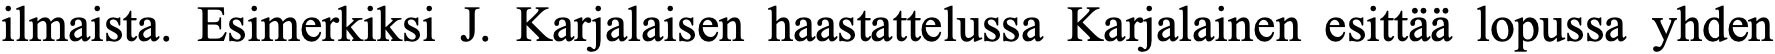
ilmaista. Esimerkiksi J. Karjalaisen haastattelussa Karjalainen esittää lopussa yhden